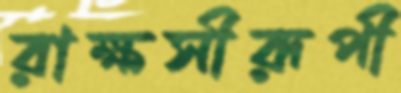
রাক্ষসীরূপী